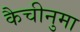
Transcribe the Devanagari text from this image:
कैचीनुमा